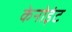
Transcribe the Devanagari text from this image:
केनोइंट